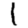
Digit: 1